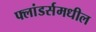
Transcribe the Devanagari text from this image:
फ्लांडर्समधील